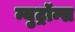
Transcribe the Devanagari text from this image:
न्युट्रॉन्स